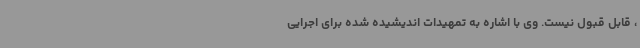
، قابل قبول نیست. وی با اشاره به تمهیدات اندیشیده شده برای اجرایی